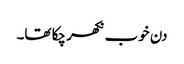
دن خوب نکھر چکا تھا۔